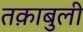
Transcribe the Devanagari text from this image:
तक़ाबुली